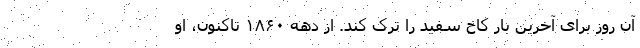
آن روز برای آخرین بار کاخ سفید را ترک کند. از دهه ۱۸۶۰ تاکنون، او